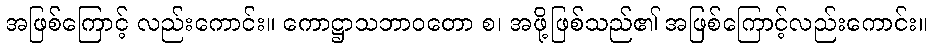
အဖြစ်ကြောင့် လည်းကောင်း။ ကောဋ္ဌာသဘာဝတော စ၊ အဖို့ဖြစ်သည်၏ အဖြစ်ကြောင့်လည်းကောင်း။